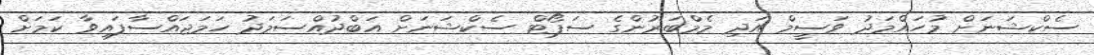
ސެކްޝަނަށް މުހައްމަދު ވަސީމް އަދި މެމްބަރުންގެ ސަޕޯޓް ސެކްޝަނަށް އަބްދުއްސަމަދު ހަމަޖައްސާފައިވާ ކަމަށް